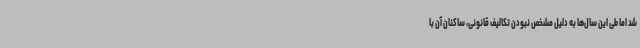
شد اما طی این سال‌ها به دلیل مشخص نبودن تکالیف قانونی، ساکنان آن با